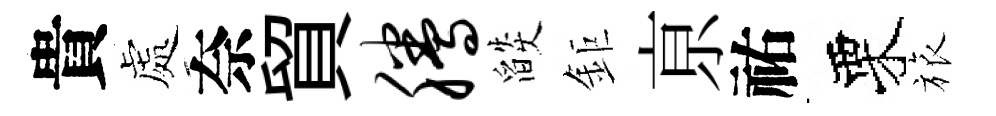
貴處奈貿腾燄鉅亰祐栗旅